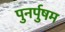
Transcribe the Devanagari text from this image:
पुनर्पुषम